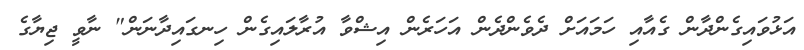
އަޅުވައިގެންދާން ގެއާއި ހަމައަށް ދެވެންދެން އަހަރެން އިޝްވާ އުރާލައިގެން ހިނގައިދާނަން" ނާވީ ޖިޔާގެ